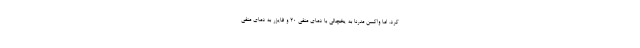
کرد. اما واکسن مدرنا به یخچالی با دمای منفی 20 و فایزر به دمای منفی